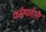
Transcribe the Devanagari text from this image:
फाँस्फोरस